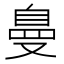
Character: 𱑽